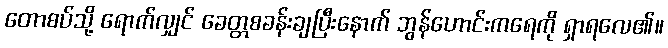
တောစပ်သို့ ရောက်လျှင် ခေတ္တစခန်းချပြီးနောက် ဘွန်ဟောင်းကရေကို ရှာရလေ၏။